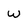
Character: W